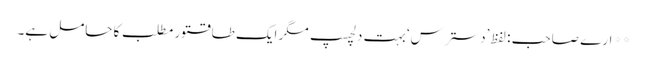
** ارے صاحب : لفظ ’دسترس‘ بہت دلچسپ مگر ایک طاقتور مطلب کا حامل ہے۔